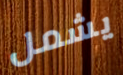
يشمل